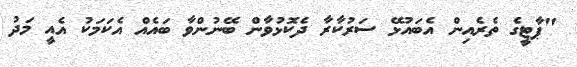
"ޕާޓީގެ ތެރެއިން އެބައުޅޭ ސަރުކާރާ ދެކޮޅުވާން ބޭނުންވާ ބައެއް އެކަމަކު އެއީ މަދު